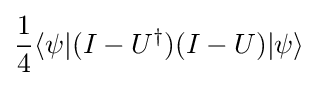
{\frac {1}{4}}\langle \psi |(I-U^{\dagger })(I-U)|\psi \rangle